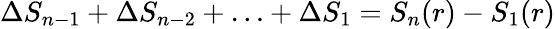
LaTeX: \Delta S_{n-1}+\Delta S_{n-2}+\ldots+\Delta S_{1}=S_{n}(r)-S_{1}(r)